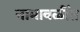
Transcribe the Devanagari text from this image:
नामावळींत